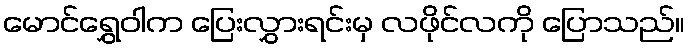
မောင်ရွှေဝါက ပြေးလွှားရင်းမှ လဖိုင်လကို ပြောသည်။